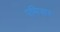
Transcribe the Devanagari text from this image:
एमिसर